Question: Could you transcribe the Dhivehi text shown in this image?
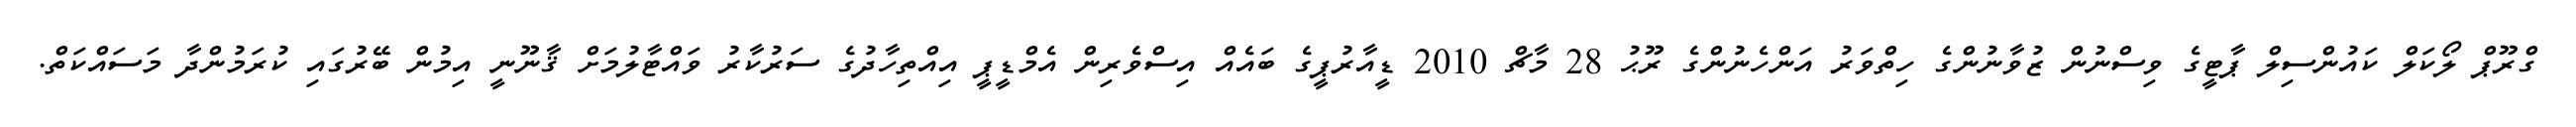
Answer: ގްރޫޕް ލޯކަލް ކައުންސިލް ޕާޓީގެ ވިސްނުން ޒުވާނުންގެ ހިތްވަރު އަންހެނުންގެ ރޫޙު 28 މާޗް 2010 ޑީއާރުޕީގެ ބައެއް އިސްވެރިން އެމްޑީޕީ އިއްތިހާދުގެ ސަރުކާރު ވައްޓާލުމަށް ޤާނޫނީ އިމުން ބޭރުގައި ކުރަމުންދާ މަސައްކަތް.